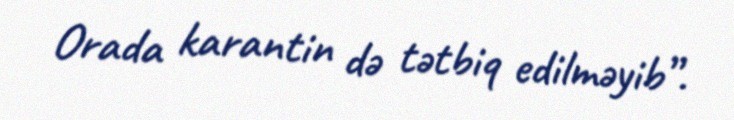
Orada karantin də tətbiq edilməyib”.